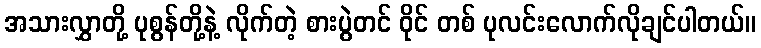
အသားလွှာတို့ ပုစွန်တို့နဲ့ လိုက်တဲ့ စားပွဲတင် ဝိုင် တစ် ပုလင်းလောက်လိုချင်ပါတယ်။